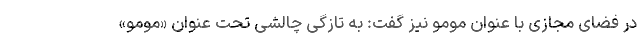
در فضای مجازی با عنوان مومو نیز گفت: به تازگی چالشی تحت عنوان «مومو»